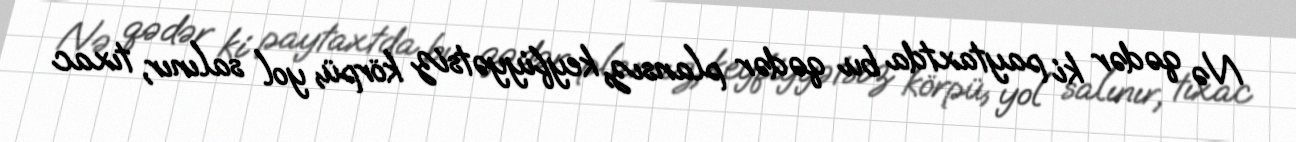
Nə qədər ki paytaxtda bu qədər plansız, keyfiyyətsiz körpü, yol salınır, tıxac